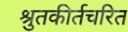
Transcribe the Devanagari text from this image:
श्रुतकीर्तचरित